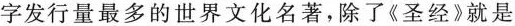
字发行量最多的世界文化名著，除了《圣经》就是